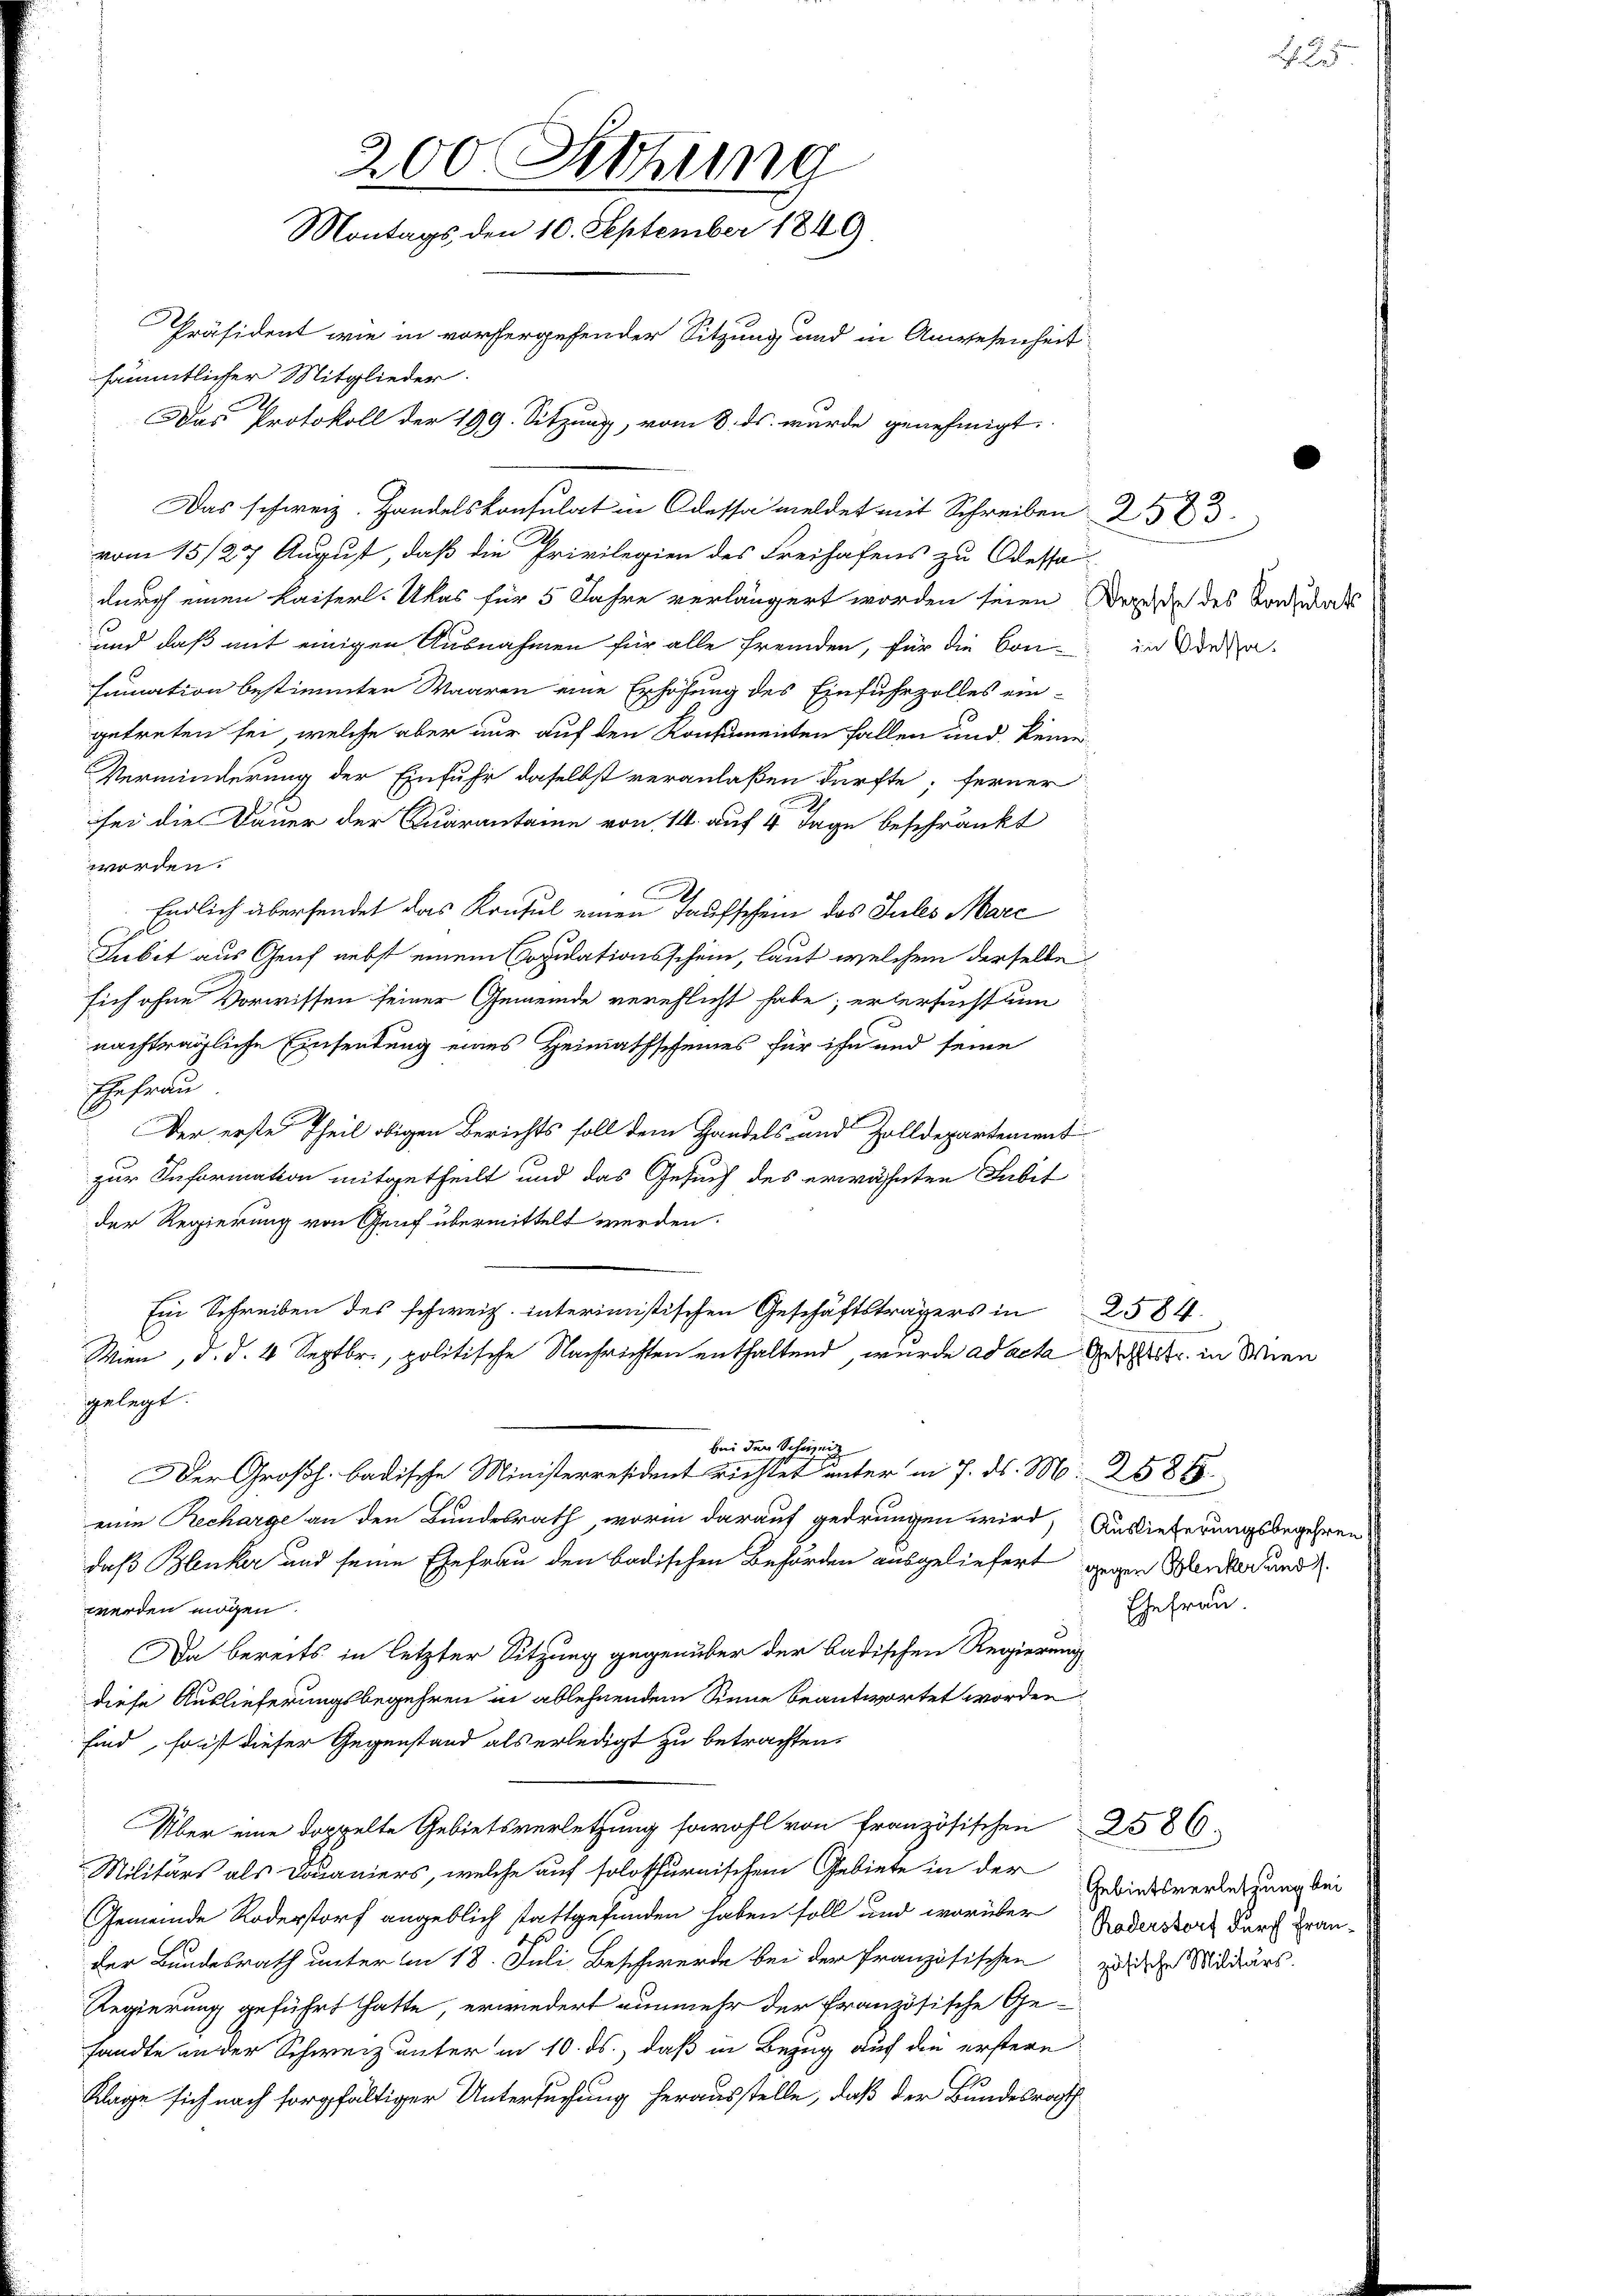
200. Sitzung
Montags den 10. September 1849
Präsident wie in vorhergehender Sitzung und in Anwesenheit
sämmtlicher Mitglieder.
Das Protokoll der 199. Sitzung, vom 8. ds. wurde genehmigt.

Das schweiz. Handelskonsulat in Odessa meldet mit Schreiben 2583.
vom 15/27 August, daß die Privilegien des Freihafens zu Odessa
durch einen Kaiserl. Ukas für 5 Jahre verlängert worden seien Berede des Badens
und daß mit einigen Ausnahmen für alle Fremden, für die Bon in Vora
Fumation bestimmten Waaren eine Erhöhung des Einfuhrzolles ein-
getreten sei, welche aber nur auf den Konsumenten Fallen und keine
Verminderung der Einfuhr daselbst veranlaßen dürfte; ferner
sei die Dauer der Quarantaine von 14. auf 4 Tage beschränkt
worden.
Endlich übersendet das Konsul einen Taufschein des Jules Marc
Subet aus Genf nebst einem Copulationsschein, laut welchen derselbe
sich ohne Vorwissen seiner Gemeinde verehlicht habe; er ersucht um
nachträgliche Einsendung eines Heimathscheines für ihn und seine
Ehefrau
Der erste Theil obigen Berichts soll dem Handels- und Zolldepartement
zur Information mitgetheilt und das Gesuch des erwähnten Jubit
der Regierung von Genf übermittelt werden.
Ein Schreiben des schweiz. Interimistischen Geschäftsträgers in 2584.
Wien, d. d. 4 Septbr., politische Nachrichten enthaltend, wurde ad acta Geschlitt in Wien
gelegt.
bei der Schweiz
Der Großh. badische Ministerresident richtet unter in 7. d. M. 2586
eine Recharge an den Bundesrath, worin darauf gedrungen wird, Auslieferungsbegehre.
daß Blenker und seine Ehefrau den badischen Behörden ausgeliefert gegen Werker und
werden mögen.
Da bereits in letzter Sitzung gegenüber der badischen Regierung
diese Auslieferungsbegehren in ablehnendem Sinne beantwortet worden
sind, so ist dieser Gegenstand als erledigt zu betrachten,
Über eine doppelte Gebietsverletzung sowohl von Französischen 2586
Militärs als Douaniers, welche auf solothurnischem Gebiete in der
Gemeinde Roderstorf angeblich stattgefunden haben soll und worüber Todessert durch gran-
der Bundesrath unter im 18. Juli Beschwerde bei der französischen zu der Militärs.
Regierung geführt hatte, erwiedert nunmehr der Französische Ge-
sandte an der Schweiz unter in 10. ds., daß in Bezug auf die erstere
Klage sich nach sorgfältiger Untersuchung herausstelle, daß der Bundesrath

Ehefrau.

Gebietsverletzung bei